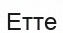
Етте